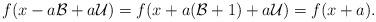
LaTeX: \begin{align*} f(x - a \mathcal{B} + a \mathcal{U}) = f( x + a( \mathcal{B}+1) + a \mathcal{U}) = f(x+a). \end{align*}